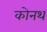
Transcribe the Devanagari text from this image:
कोनथ